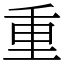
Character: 重